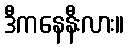
ဒီကနေနီးလား။